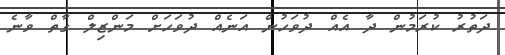
ދަތުރު ކުރަމުން ދާ އެއް ދުވަހުން އަނެއް ދުވަހަށް މަންޒިލް ގާތް ވާނެ